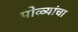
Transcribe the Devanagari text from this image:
पोळ्यांचा